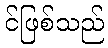
င်ဖြစ်သည်